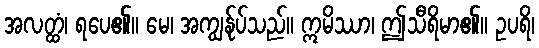
အလတ္ထံ၊ ရပေ၏။ မေ၊ အကျွန်ုပ်သည်။ ဣမိဿာ၊ ဤသီရိမာ၏။ ဥပရိ၊